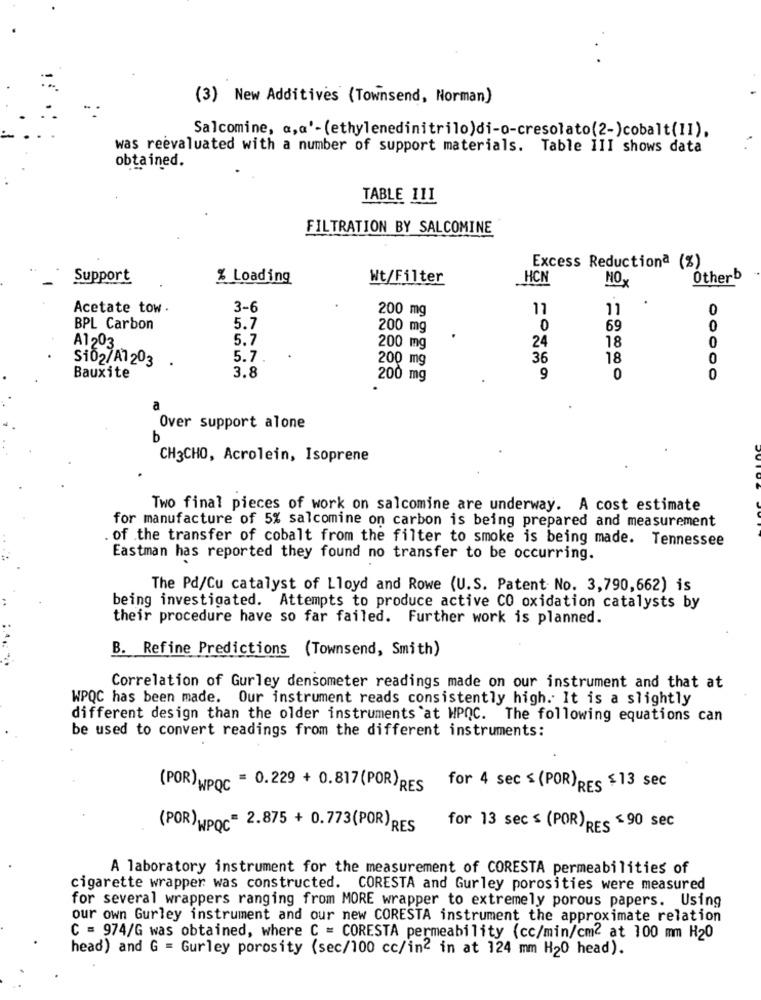
(3) New Additives (Townsend, Norman)
Salcomine, a,a'- (ethylenedinitrilo)di-o-cresolato(2-)cobalt(11).
was reevaluated with a number of support materials. Table III shows data
obtained.
TABLE 111
FILTRATION BY SALCOMINE
Excess Reductionª (%)
Support
% Loading
Wt/Filter
HCN
NOy
Other
.
Acetate tow .
3-6
200 mg
11
11
0
BPL Carbon
5.7
200 mg
0
69
0
5.7
24
18
0
A1203
200 mg
Si02/A7203
5.7
200 mg
36
18
0
3.8
Bauxite
200 mg
9
0
0
Over support alone
b
CH3CHO, Acrolein, Isoprene
Two final pieces of work on salcomine are underway. A cost estimate
for manufacture of 5% salcomine on carbon is being prepared and measurement
. of the transfer of cobalt from the filter to smoke is being made. Tennessee
Eastman has reported they found no transfer to be occurring.
The Pd/Cu catalyst of Lloyd and Rowe (U.S. Patent No. 3,790,662) is
being investigated. Attempts to produce active CO oxidation catalysts by
their procedure have so far failed. Further work is planned.
B. Refine Predictions (Townsend, Smith)
Correlation of Gurley densometer readings made on our instrument and that at
WPQC has been made. Our instrument reads consistently high. It is a slightly
different design than the older instruments at WPQC. The following equations can
be used to convert readings from the different instruments:
(POR) WPOC = 0.229 + 0.817(POR)RES
for 4 sec $ (POR)RES $13 sec
(POR)WPOC= 2.875 + 0.773(POR)RES
for 13 secs (POR) RES $90 sec
A laboratory instrument for the measurement of CORESTA permeabilities of
cigarette wrapper was constructed. CORESTA and Gurley porosities were measured
for several wrappers ranging from MORE wrapper to extremely porous papers. Using
our own Gurley instrument and our new CORESTA instrument the approximate relation
C = 974/G was obtained, where C = CORESTA permeability (cc/min/cm2 at 100 mm H20
head) and G = Gurley porosity (sec/100 cc/in2 in at 124 mm H20 head).